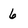
Character: 6